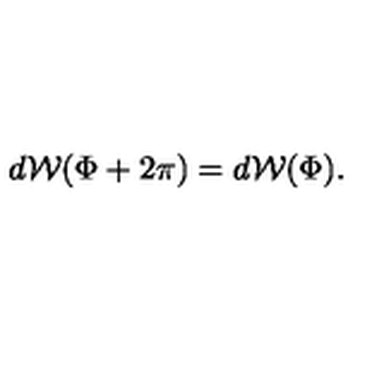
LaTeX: d { \cal W } ( \Phi + 2 \pi ) = d { \cal W } ( \Phi ) .